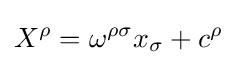
X^{\rho }=\omega ^{\rho \sigma }x_{\sigma }+c^{\rho }